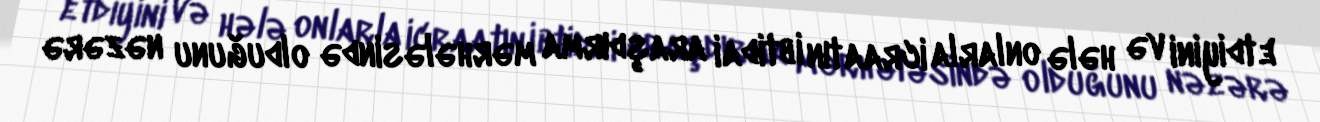
etdiyini və hələ onlarla icraatın ibtidai araşdırma mərhələsində olduğunu nəzərə